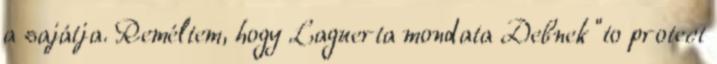
a sajátja. Reméltem, hogy Laguerta mondata Debnek “to protect